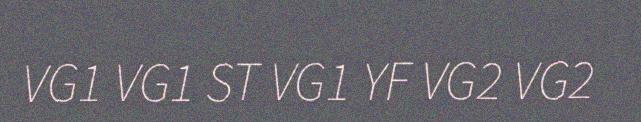
VG1 VG1 ST VG1 YF VG2 VG2